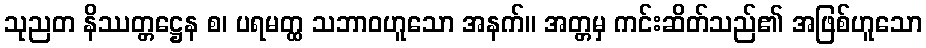
သုညတ နိဿတ္တဋ္ဌေန စ၊ ပရမတ္ထ သဘာဝဟူသော အနက်။ အတ္တမှ ကင်းဆိတ်သည်၏ အဖြစ်ဟူသော